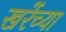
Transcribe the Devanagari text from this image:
खरेंच्या